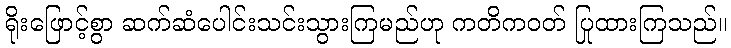
ရိုးဖြောင့်စွာ ဆက်ဆံပေါင်းသင်းသွားကြမည်ဟု ကတိကဝတ် ပြုထားကြသည်။